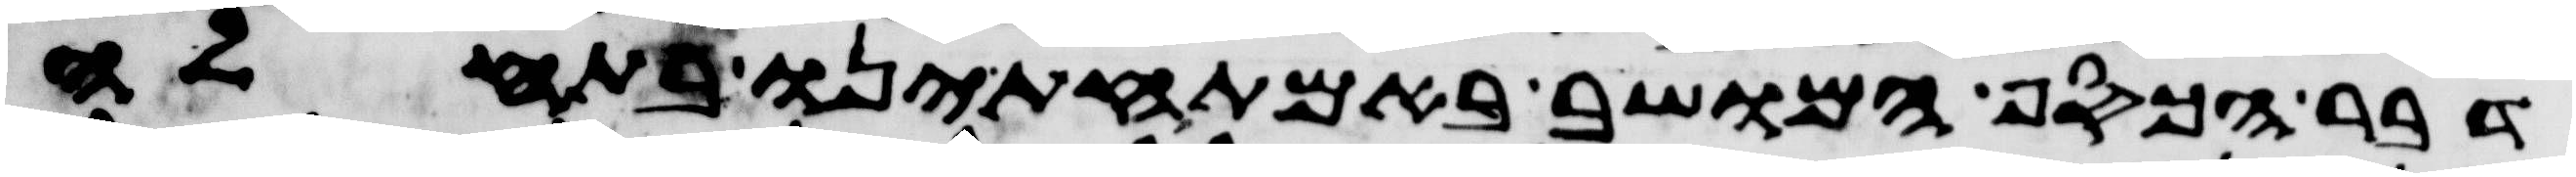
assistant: דבר הכסף המושב באמתחתינו בתחלה